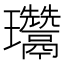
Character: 𤫨